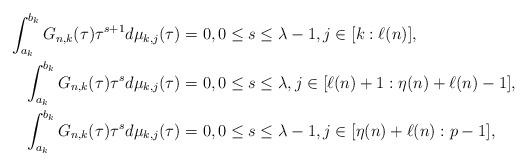
LaTeX: \begin{align*}\int_{a_{k}}^{b_{k}}G_{n,k}(\tau)\tau^{s+1} d\mu_{k,j}(\tau) & =0,0\leq s\leq \lambda-1,j\in[k:\ell(n)],\\\int_{a_{k}}^{b_{k}}G_{n,k}(\tau)\tau^{s} d\mu_{k,j}(\tau) & =0,0\leq s\leq \lambda,j\in[\ell(n)+1:\eta(n)+\ell(n)-1],\\\int_{a_{k}}^{b_{k}}G_{n,k}(\tau)\tau^{s} d\mu_{k,j}(\tau) & =0,0\leq s\leq \lambda-1,j\in[\eta(n)+\ell(n):p-1],\end{align*}